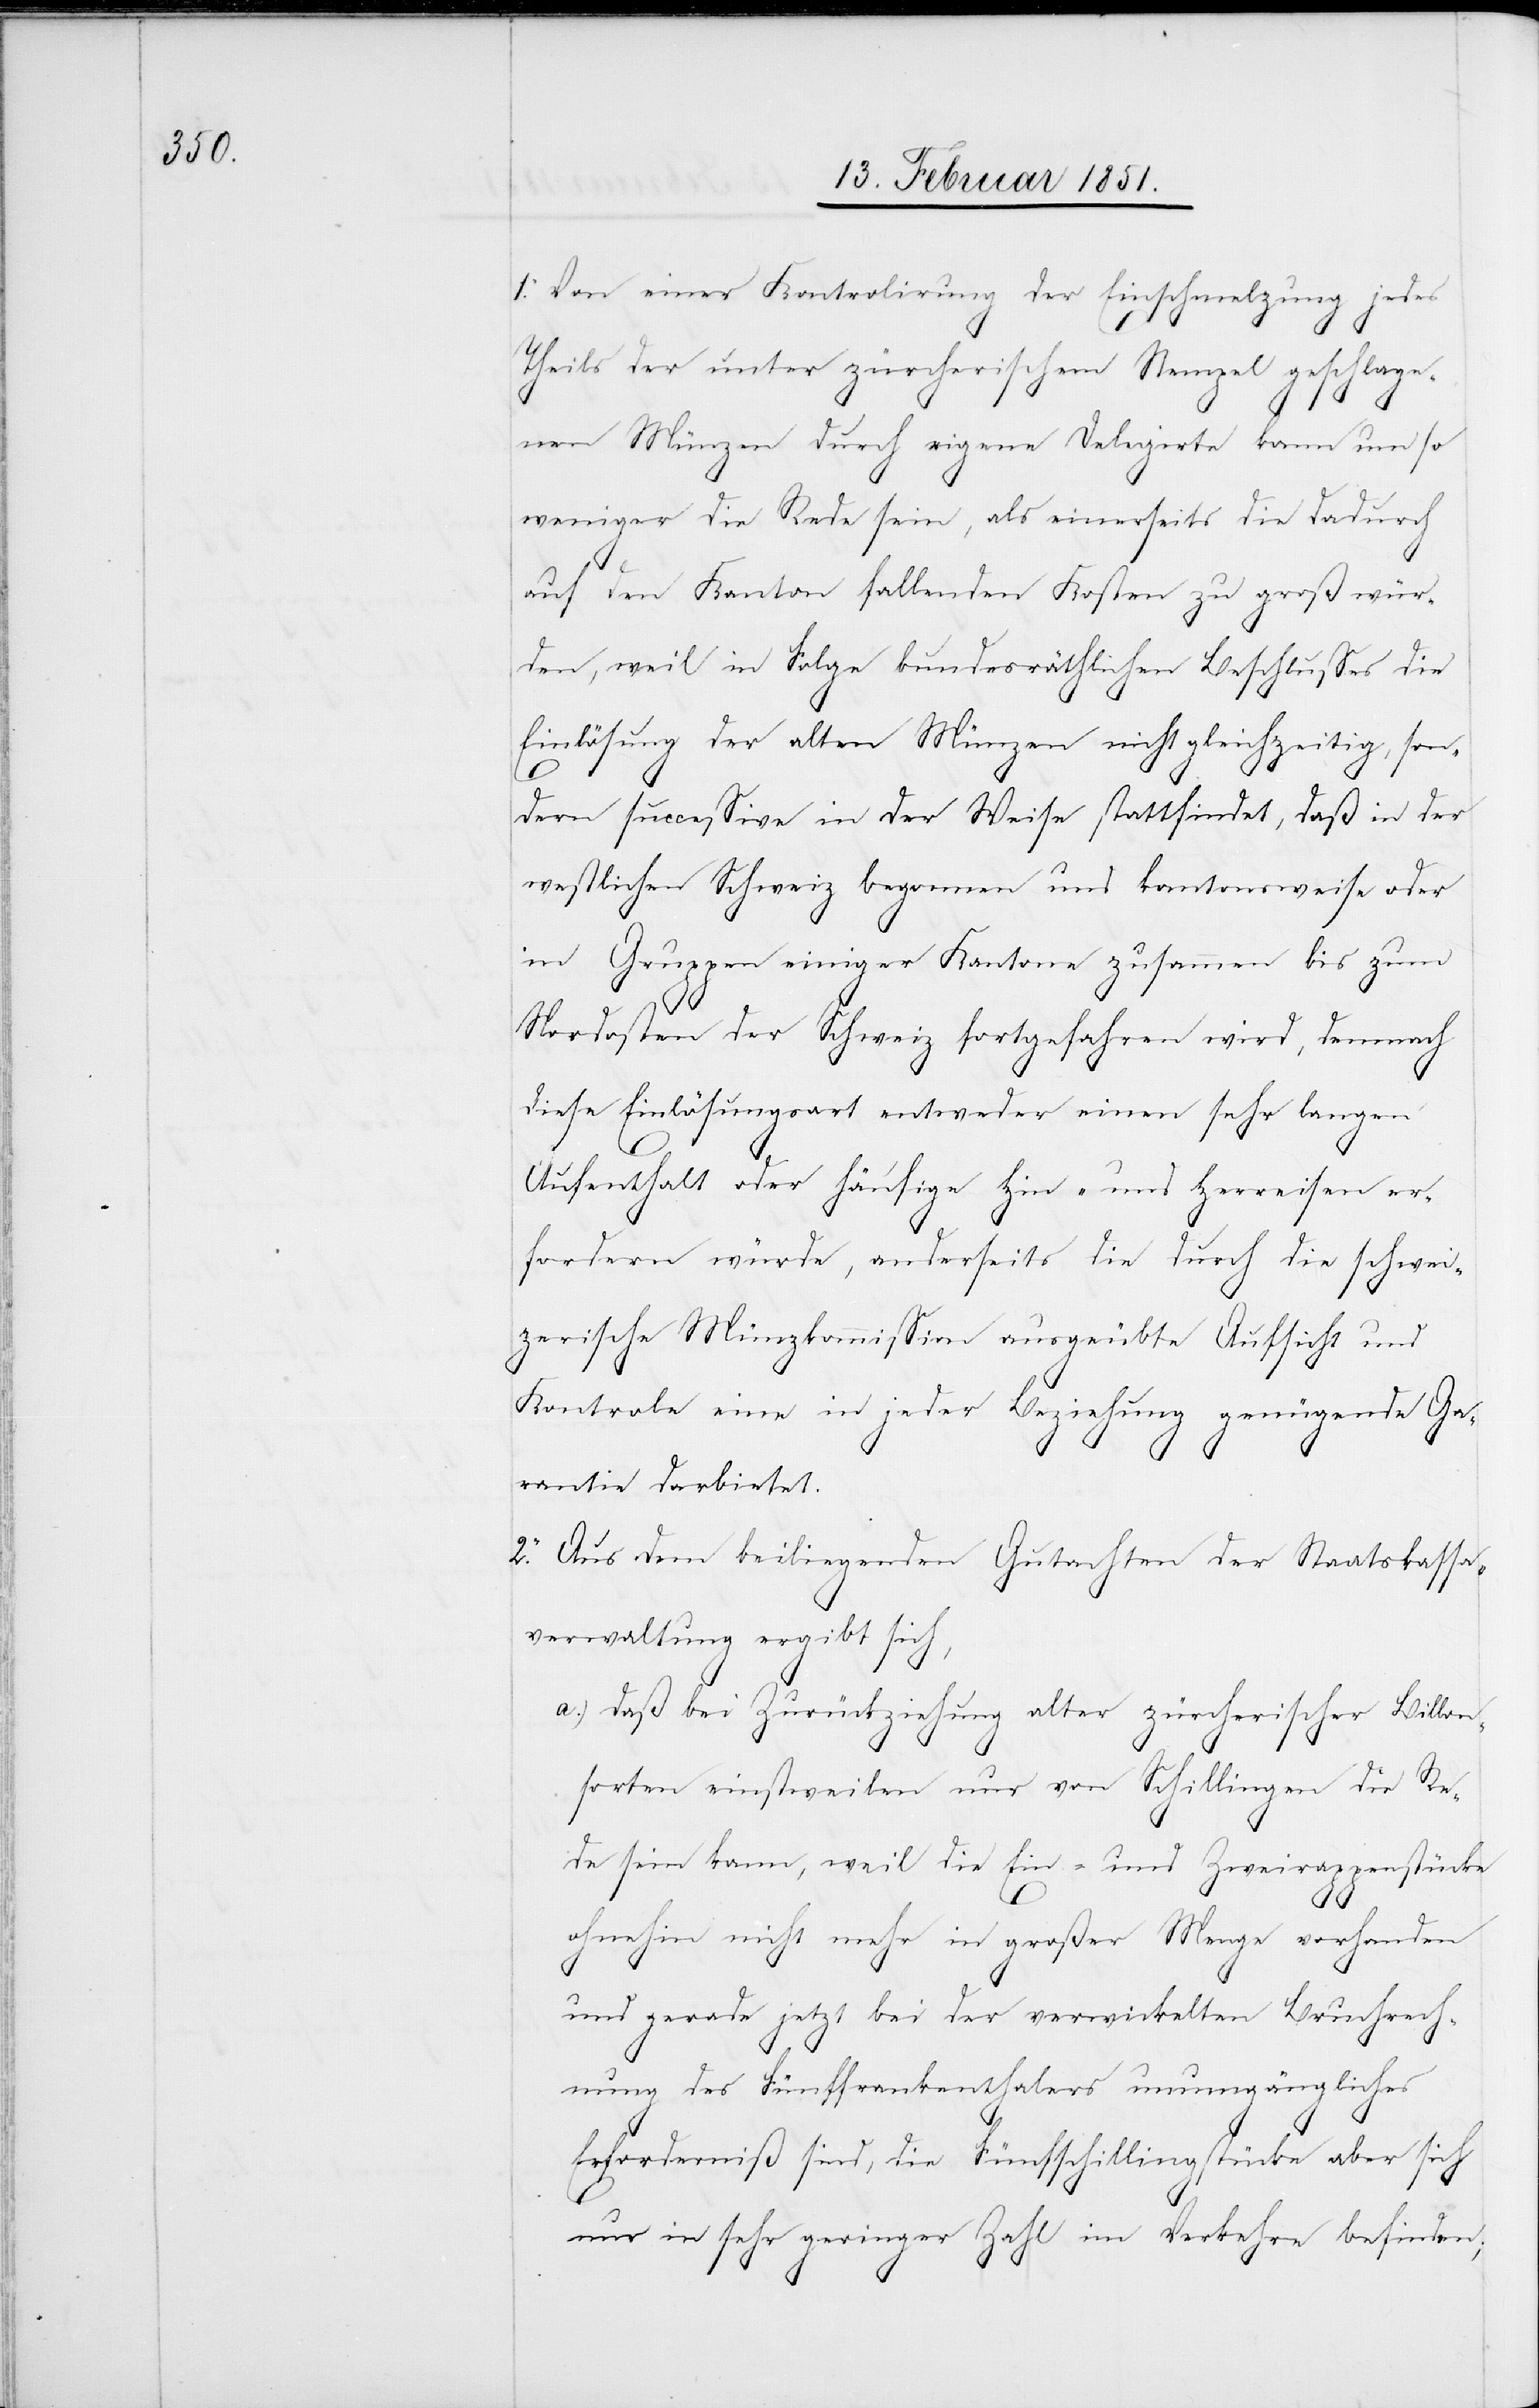
1. Von einer Kontrolirung der Einschmelzung jedes
Theils der unter zürcherischem Stempel geschlage¬
nen Münzen durch eigene Delegirte kann um so
weniger die Rede sein, als einerseits die dadurch
auf den Kanton fallenden Kosten zu groß wür¬
den, weil in Folge bundesräthlichen Beschlusses die
Einlösung der alten Münzen nicht gleichzeitig, son¬
dern successive in der Weise stattfindet, daß in der
westlichen Schweiz begonnen und kantonsweise oder
in Gruppen einiger Kantone zusammen bis zum
Nordosten der Schweiz fortgefahren wird, demnach
diese Einlösungsart entweder einen sehr langen
Aufenthalt oder häufige Hin- und Herreisen er¬
fordern würde, anderseits die durch die schwei¬
zerische Münzkommission ausgeübte Aufsicht und
Kontrole eine in jeder Beziehung genügende Ga¬
rantie darbietet.
2. Aus dem beiliegenden Gutachten der Staatskassa¬
verwaltung ergibt sich,
daß bei Zurückziehung alter zürcherischer Billon¬
sorten einstweilen nur von Schillingen die Re¬
de sein kann, weil die Ein- und Zweirappenstücke
ohnehin nicht mehr in großer Menge vorhanden
und gerade jetzt bei der verwickelten Bruchrech¬
nung des Fünffrankenthalers unumgängliches
Erforderniß sind, die Fünfschillingstücke aber sich
nur in sehr geringer Zahl im Verkehre befinden;